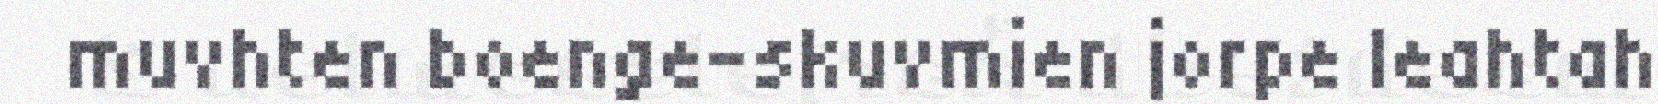
muvhten boenge-skuvmien jorpe leahtah